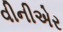
વીનીએર